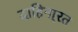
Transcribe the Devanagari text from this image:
दाहिना्रत